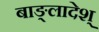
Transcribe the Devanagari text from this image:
बाङ्लादेश्